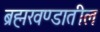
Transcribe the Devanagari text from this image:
ब्रह्मखण्डातील